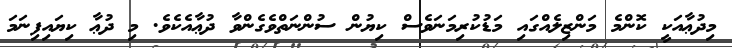
މިދުޢާއަކީ ކޮންމެ މަންޒިލެއްގައި މަޑުކުރިމަނަވެސް ކިޔުން ސުންނަތްވެގެންވާ ދުޢާއެކެވެ. މި ދުޢާ ކިޔައިފިނަމަ